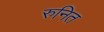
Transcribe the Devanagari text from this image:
रुनित